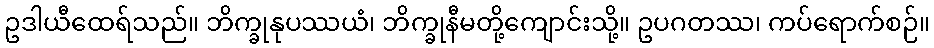
ဥဒါယီထေရ်သည်။ ဘိက္ခုနုပဿယံ၊ ဘိက္ခုနီမတို့ကျောင်းသို့။ ဥပဂတဿ၊ ကပ်ရောက်စဉ်။